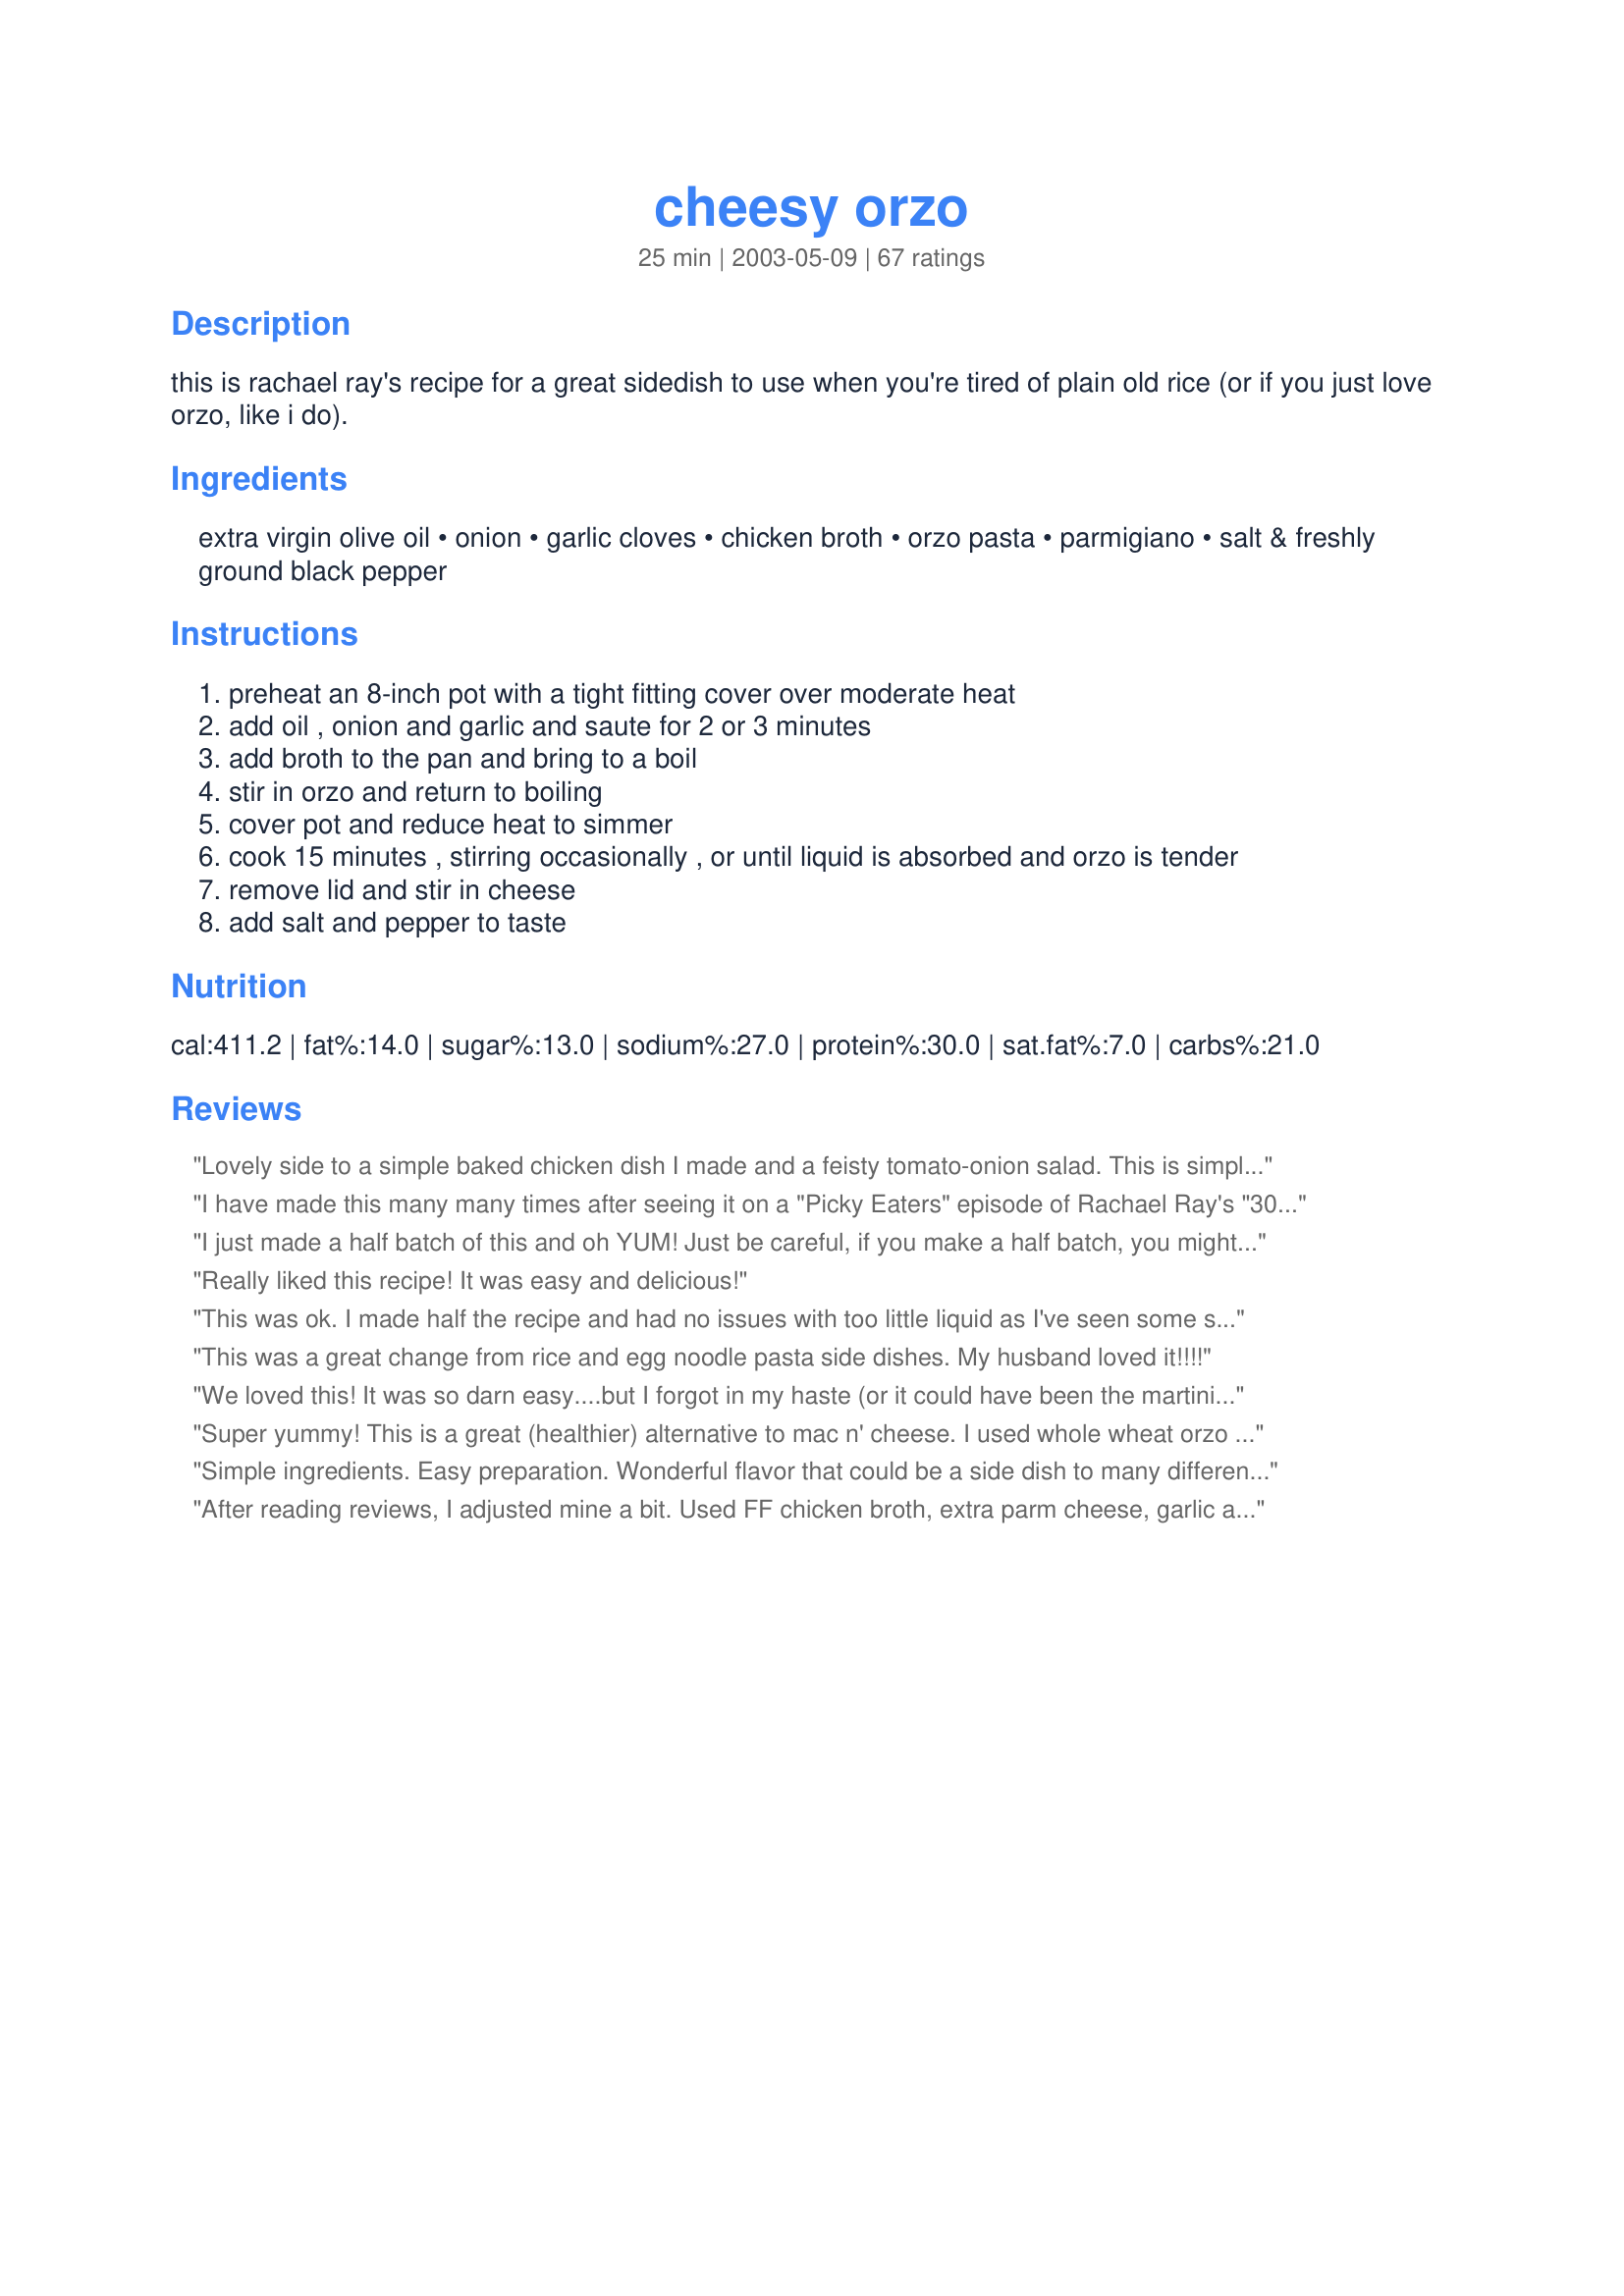
cheesy orzo
Preparation time: 25 minutes

this is rachael ray's recipe for a great sidedish to use when you're tired of plain old rice (or if you just love orzo, like i do).

Ingredients:
extra virgin olive oil, onion, garlic cloves, chicken broth, orzo pasta, parmigiano, salt & freshly ground black pepper

Steps:
preheat an 8-inch pot with a tight fitting cover over moderate heat
add oil , onion and garlic and saute for 2 or 3 minutes
add broth to the pan and bring to a boil
stir in orzo and return to boiling
cover pot and reduce heat to simmer
cook 15 minutes , stirring occasionally , or until liquid is absorbed and orzo is tender
remove lid and stir in cheese
add salt and pepper to taste

Reviews:
Lovely side to a simple baked chicken dish I made and a feisty tomato-onion salad. This is simple and flavourful and just the type of thing I love to have as a main (not side).
I have made this many many times after seeing it on a "Picky Eaters" episode of Rachael Ray's "30 Minute Meals." It is always a huge hit with my husband, picky eater son, and now even our just-turned-one year old! I always half the recipe, use butter instead of olive oil, no garlic, and no salt and pepper. The parmesan took care of the salt I think. Anyway, it is incredibly easy to make, I usually have the ingredients around, and it goes with almost any main dish meat. I have even made it without the onion and used onion powder in an emergency. It didn't turn out quite as good as when I use the real onion, but it still really beat a prepackaged envelope sort of starchy side dish.

A real winner - can't say enough good things about this orzo! It is really very versatile without being too generic.
I just made a half batch of this and oh YUM! Just be careful, if you make a half batch, you might want to reduce the cooking time by a couple minutes, it stuck to the bottom of my pan a bit. It didn't burn though, thankfully! For the half batch, I used 2 bullion cubes and water instead of chicken broth, and so I added a little more orzo. I used mozzarella cheese, as well as some Kraft Shredded Parmesan, Romano, and Asiago cheese blend, and also some Kraft grated Parmesan. Yum!
Really liked this recipe! It was easy and delicious!
This was ok. I made half the recipe and had no issues with too little liquid as I've seen some state - in fact I had to let some boil off because it was too "wet" after the orzo was cooked. I did add more cheese because I too thought it needed more flavor than just the stated amount provided. My 3 year old wouldn't touch this but my 1 year old gobbled it up like candy. I'll keep this around for a simple orzo recipe but I'm not sure I'll make it often.
This was a great change from rice and egg noodle pasta side dishes. My husband loved it!!!!
We loved this! It was so darn easy....but I forgot in my haste (or it could have been the martini I was sipping while cooking) to put in the cheese...still was great even without it...Next time I will lay off the martini's and add the cheese...
Super yummy! This is a great (healthier) alternative to mac n' cheese. I used whole wheat orzo with parmesan. The DH and kids loved it. The dish was also easy to prepare. Thanks for posting!
Simple ingredients. Easy preparation. Wonderful flavor that could be a side dish to many different meal plans. Thank-you for posting this.
After reading reviews, I adjusted mine a bit. Used FF chicken broth, extra parm cheese, garlic and onion powder. Did have to add some extra liquid and shortened cooking time by a few minutes for al dente. OTHERWISE...it was good!
This is the first time I've ever had Orzo, and man I've been missing out! This was yummy. A very nice change from rice & potato side dishes. The only change I made, I used 28 oz of water with low sodium chicken flavoring, I was out of broth.
We liked this a lot. I halved the recipe but used the whole amount of cheese, added about a tablespoon of light cream cheese and a splash of fresh lemon juice. I used vegetable broth, making it a vegetarian dish (for a guest.) The cream cheese made it creamy, the lemon juice made it bright! I had the leftover for lunch today with a little butter. YUM! ZWT 7 - Shady Ladies
made i portion of this again just now, using vegetarian broth and Gruyeres cheese. added a splash of lemon and half a tsp of dill. i always have problems with it sticking to the bottom but otherwise this is fantastic!
Very easy and tasty
I love Rachael Ray's recipes and this is no exception. This was a great change from regular rice. It really had a nice cheesy flavor. My husband especially liked it.I will definitely be making this again.

Roxygirl in Colo.
Perfect side dish...simple, cheesy, a little different b/c of the orzo. Great alongside our mustard salmon and a beet salad. Thanks so much for posting!
We loved this. It was the main dish last night for DD and her friend who are vegetarian, and a side dish for me and DH. It's great to find such a tasy recipe that can do double duty. Made for ZWT4 'The Cooks Must Be Crazy'
Made for Fall PAC 2012 and I am so glad I did. What an easy and delicious side. I cut the recipe in half and used homemade chicken broth but followed the rest of the recipe. Served with recipe#332328#332328 and fresh sauteed spinach for a wonderful meal. Thank you for posting and I know this will be a regular in our home.
I am a fan of Rachael's recipes and this one turned out well. The seasoning and cheesiness was right for my tastes and I always appreciate something that is easy to make. The kids and husband liked it, as well. Thanks for posting.
I am a new fan of orzo. This was an excellent way to serve it. Just the right amount of flavor to compliment a main dish without overshadowing it. The cheese makes it creamy and delicious. I will be using this recipe as a side dish staple from now on! BTW, my 10 month old LOVED this too!
I was craving something easy and carb-laden for lunch. This fit the bill perfectly. And ohhh yum! I halved the recipe, and the only changes I made were to use low-sodium broth, 1/4 c sharp cheddar, and 1 slice of American cheese. I think I'll definitely be making this with dinner soon, and the other half of what I made today is going to be a most excellent midweek lunch with the addition of some diced chicken and perhaps some tomatoes. Thanks!
This was great although it makes more like 12 servings! I added 2 tsp kosher salt and a little more cheese, it sort of reminded me of buttered noodles. It was a nice side dish and my kids ate it up like crazy. I served with Smoked Salmon #158149.
An easy quick recipe which made a delightful change from rice or potatoes. It is also a great base recipe that one can change the cheeses to alter the flavour or add sauteed vegetables such as red peppers, mushrooms and green opions are just some ideas. Thanks for sharing!
This was so easy, and a nice switch from our usual rice with grilled Ahi. Tom thought that it was very tasty, and we both liked that it wasn't loaded with salt like boxed rice pilaf or couscous. A true keeper. Thanks Muffin Goddess!
I really wanted to like this recipe but there were a couple of problems I had with it. One was that it came out pretty bland, and two the liquid was way too little for the amount or orzo so I had to keep adding more and more water. I will mak a dish similar to this again, but will add some more flavor and possible cheddar cheese. It does make a lot, definitely more than four servings.
Excellent recipe. Goes well with fried scallops. Thanks for sharing!
Love this recipe :). Has soooo much flavor. Did use a 4 cheese Italian blend (was all I had). Tastes great cold and I love being able to take it to lunch during the week. Made London Broil (28017) with this. My DH loved the flavor of these 2 dishes together. Thanks Muffin Goddess for sharing such and tasty recipe and turning us on to Orzo:)
Rach has great recipes. This one is no exception. Very easy to make. I used cheddar and some parmesan because that's what I had. I will make this again for sure because I love orzo.
I make this often, its so quick and easy. My husband really doesn't like mac n cheese much, so I sub this in its place, he hasn't complained yet!
I really enjoyed this dish. The only changes I made was to add fresh basil and several tbsp of fat free half & half. Five stars for simplicity, great flavor and flexibility. You could - and I will - make many changes with veggies, herbs and different herbs. Will be making this one often, thanks for posting.
This is very good! I used some very flavorful homemade chicken broth so I didn't have any issue with it being too bland. I will make this again.
This is good and easy to make. I followed the recipe exactly as written. My kids really enjoyed it.
This was great! Next time I will definitely 1/2 the recipe, as I will be eating Cheesy Orzo for a week to finish off the left overs. I think this serves closer to 6 people.
This was a hit at my house. DH and my two year old loved it. Does make a lot of pasta. I have enough left over for another meal and two lunch sized portions. I am freezing part of it. I must say I used the Parmagian Reggiano as was for New Yrs. dinner.
A good standby side. Needs a little somthing though.
I quartered the recipe and didn't have a problem. I did add just a little cream cheese to the Parm. Nice! Thanks
My son loved this recipe. It was "fun" for him to eat, he said. We all did. This is a bit different then the pasta or rice dish. I will make again. THank you for sharing your recipe with us.
We enjoyed this; but shabby is right, is does need something. I'm not sure it's just salt either.
Anyway, went to start this, and somehow my orzo had mysteriously disappeared (could have sworn there was a bag in the pantry). Too late to switch plans, so I improvised because for some reason I had a bag of acini de pepe (very very tiny little pasta tubes).
So I gave it a whirl. It worked!
I had to stir it a lot to keep it from sticking, but the substitution worked nicely. I also increased the cheese just a teensy bit, oh okay, I doubled the amount of cheese.
I used homemade chicken stock (just happened to have some on hand), and Pecorino Romano cheese.
Maybe more garlic next time?
Still thought it was nice, and La Princessa said it was "so pretty".
Easy, Cheesy, Yummy! My dd loves pasta and cheese dishes, and so she and I made this for dinner instead of just plain orzo with feta and tomatoes like I usually make. My kids LOVED this . Tastes like creamy alfredo!! I used a lot of garlic, a scant 1/2 cup of freshly grated parmesan and lots of pepper and some salt. I think it would be a great springboard for lots of dishes - adding shrimp, veggies etc.
Good quick recipe. I halved the recipe. I was somewhat expecting more in the flavor department. I thought the chicken broth would it do it, but I turned out it didn't.
made this as a very easy and quick dinner for my 3 yr old daughter and myself; very tasty very simple and something i can make in a pinch. only thing i changed was to add some fresh squeezed lemon juice to the broth and used sea salt. thank you!
Might be a good base but needs more.
We love orzo but something was missing for us. It was quick & easy to prepare but if we made this again I would definitely add some fresh chopped parsley or basil to help season it. Thank you posting this recipe.
Pasta, garlic and cheese...a perfect combo! Orzo is not readily available in my area, but found it at an Italian deli in Edinburgh. I use it very sparingly until I can get some more, so the recipes I use it for have to be really special and this one definitely is. Easy to put together and very creamy. Comfort food at its best! I added a bit of dried basil for color. I would have used fresh, but it was pouring rain outside! Thanks Melissa!
I used less orzo and cooked for about 5 minutes less and my orzo turned out just fine.
I sautÃ¨ed the orzo with the onion and garlic. This reminds me of a cheater's version of risotto. Complements rather than competes other dishes very well. Thanks for posting!
I always find the taste of parmigiano cheese a little overpowering, so instead of adding the 1/2 cup into it, I just added a bit for a topping, that way I could have just a little, but my boyfriend could add a ton! :) It was absolutely delicious!
I enjoyed every last bite of this. I was alone for my meal tonight so I cut it in half and had it as my main dish. It was very easy and exceptionally tasty. Made for ZWT4.
I love orzo, but I didn't care for this. I didn't add much salt, but should have left it out altogether and/or used low-sodium broth. Maybe oregano or another herb might help this out, or some chopped red peppers to add to the onion and garlic. Thanks for posting.
This was a east side dish to prepare! I did add extra broth about half way through the cooking since it was all absorbed but the orzo was not cooked completely. I doubled the amount of cheese. Made for I Recommend Tag.
Loved this! So simple to make! I served it along side Smokey Mountain Chicken. It was perfect. I will be making this again!
Absolutely wonderful! A nice substitute when you haven't got the time for risotto. Thanks!
This was a great pasta side dish for us. I always use flavored chicken both for added flavor, so I used roasted veggie and herb and roasted garlic chicken broth. I also added a bunch of shredded sharp cheddar along with the parmesan. Very cheesy and yummy, thanks! Made this for Fall PAC 2008.
Love it! I used cheddar cheese. Was a great change of pace from rice, and my toddler really likes it. Will make again and again. Thanks for posting!
I also found this to be very bland. The consistency was fine, but I had to quadruple the cheese and it still didn't have enough flavor. I can't say it was bad at all, just not really great.
I love this recipe! I usually cut the recipe in half and it makes plenty. I also like to add a thawed 10 oz. box of spinach when I add the orzo and let it all cook together. If I had a little lemon I'd probably add some juice or zest but I'm all out. This dish goes with everything!
I halved this recipe since there was only 2 of us eating and it translated just fine. In addition to the ingredients listed below, I added a few red pepper flakes for some zip and it was a great addition. I also decided to add more cheese (because what's not better with more cheese?!) but it made the pasta too sticky. LOVED the recipe...but I should have trusted Rachael Ray, huh? :-)
This turned out well, my only problem was lack of cheese. I ended up doing 1 and 1/2 cup of cheese instead of just 1/2 cup, otherwise it tasted too much like chicken rice a roni.
This is a great recipe. I didn't have problem with the liquid. But we found that it needed more cheese flavor. So next time I'll add more parmesan. Thanks Muffin goddess :) Made for Count Dracula and His Hot Bites for ZWT7
What a lovely simple side to do, a lovely alternative to rice. Thanks for posting, made for ZWT 4
We enjoyed this side dish. It was easy to make and easier to halven. I did add some Mrs. Dash and a few red pepper flakes to the broth for more flavor after reading the reviews. I used a combination of cheddar and parm cheese. Thanks for sharing this recipe.
Really great! I was making another cheesy orzo dish that was kinda heavy on fat and calories and was seeking a substitution. This was GREAT!!! I love Romano cheese and it was the perfect ingredient for this recipe. I used probably 6 cloves of garlic and used chicken stock rather than chicken broth. We all loved this one..even my 2 and 4 year old. Thanks for posting!
Yummy! I have never tried Orzo before, and really wanted to. I bought it, then looked on Zaar for a recipe. I used Low-Sodium Chicken Broth & 1/2 cup grated cheddar cheese. My kids would not have touched it had it been Parmesan cheese! :o) This dish I will make again. Thanks Muffin!

Steph in Ontario
I intended to make risotto but had no arborio rice so went to the orzo instead... this is a fabulous recipe! I didn't have any parmigiano or romano so used fresh grated swiss! Who'd thunk it would work...but it did - deliciously! Also, added frozen peas and corn..I'll serve this again.
We had it with our meatloaf last night - loved it! I used DiGiorno's shredded three cheese blend (Parmesan, Romano, Asiago), and it was delicious. The recipe makes a lot, so it's good to know it can be halved and still have great flavor. Thanks!
This is so yummy. My DH is a chef and he loves it. It is quite versatile. I have made it several times, and sometimes added vegetables to it like once I put in spinach, another roasted cherry tomatoes. Thanks for an excellent recipe
Love this recipe, ingredient measurements are right on, I used half very sharp cheddar half oerm. and added 2 T. cream to bind it, lovely!
